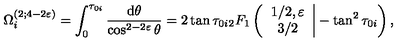
\Omega _ { i } ^ { ( 2 ; 4 - 2 \varepsilon ) } = \int _ { 0 } ^ { \tau _ { 0 i } } \frac { \mathrm { d } \theta } { \cos ^ { 2 - 2 \varepsilon } \theta } = 2 \tan \tau _ { 0 i } _ { 2 } F _ { 1 } \left( \left. \begin{array} { c } { 1 / 2 , \varepsilon } \\ { 3 / 2 } \\ \end{array} \right| - \tan ^ { 2 } \tau _ { 0 i } \right) ,